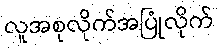
လူအစုလိုက်အပြုံလိုက်